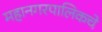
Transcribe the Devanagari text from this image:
महानगरपालिकचे